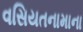
વસિયતનામાના